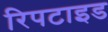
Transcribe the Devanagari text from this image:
रिपटाइड